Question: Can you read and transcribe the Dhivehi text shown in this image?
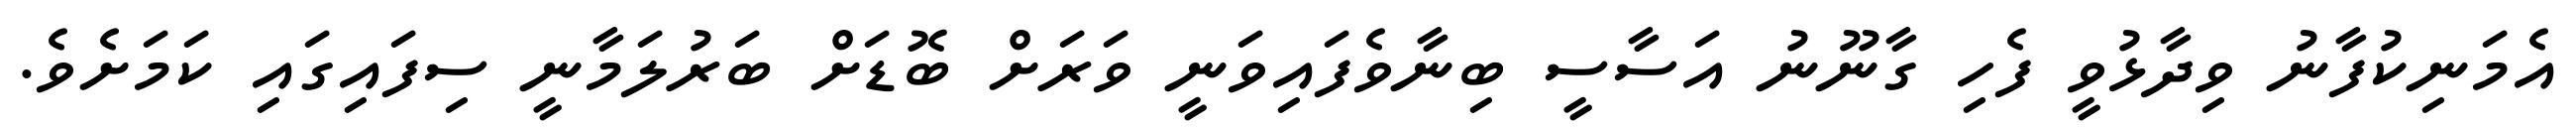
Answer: އެމަނިކުފާނު ވިދާޅުވީ ފެހި ގާނޫނު އަސާސީ ބިނާވެފައިވަނީ ވަރަށް ބޮޑަށް ބަރުލަމާނީ ސިފައިގައި ކަމަށެވެ.